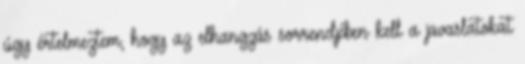
úgy értelmeztem, hogy az elhangzás sorrendjében kell a javaslatokat